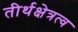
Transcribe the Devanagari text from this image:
तीर्थक्षेत्रत्व